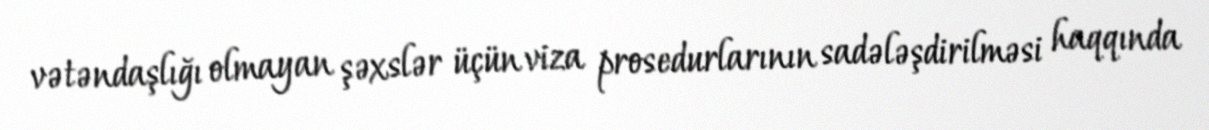
vətəndaşlığı olmayan şəxslər üçün viza prosedurlarının sadələşdirilməsi haqqında